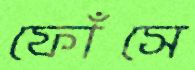
ফোঁসে